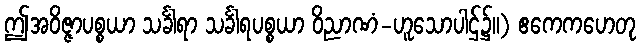
ဤအဝိဇ္ဇာပစ္စယာ သင်္ခါရာ သင်္ခါရပစ္စယာ ဝိညာဏံ-ဟူသောပါဌ်၌။) ဧကေကဟေတု